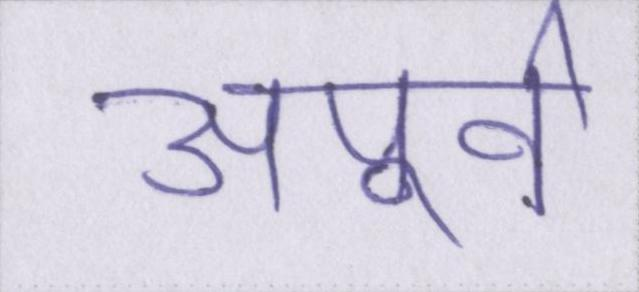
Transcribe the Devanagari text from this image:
अपूर्व